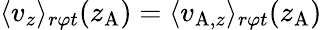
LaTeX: \langle v_{z}\rangle_{r\varphi t}(z_{\mathrm{A}})=\langle v_{\mathrm{A},z}\rangle_{r\varphi t}(z_{\mathrm{A}})